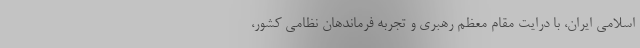
اسلامی ایران، با درایت مقام معظم رهبری و تجربه فرماندهان نظامی کشور،